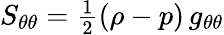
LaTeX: S_{\theta\theta}={\textstyle\frac{1}{2}}(\rho-p)\, g_{\theta\theta}